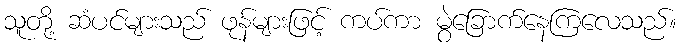
သူတို့ ဆံပင်များသည် ဖုန်များဖြင့် ကပ်ကာ မွဲခြောက်နေကြလေသည်။